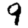
Digit: 9